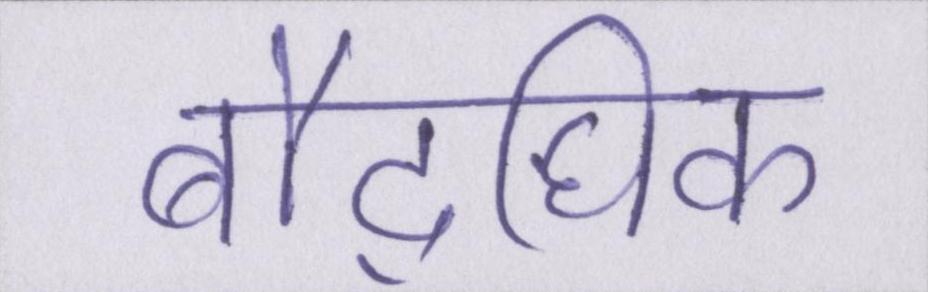
बौद्घिक